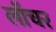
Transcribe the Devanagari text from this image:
लॉंचर